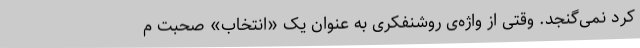
کرد نمی‌گنجد. وقتی از واژه‌ی روشنفکری به عنوان یک «انتخاب» صحبت م